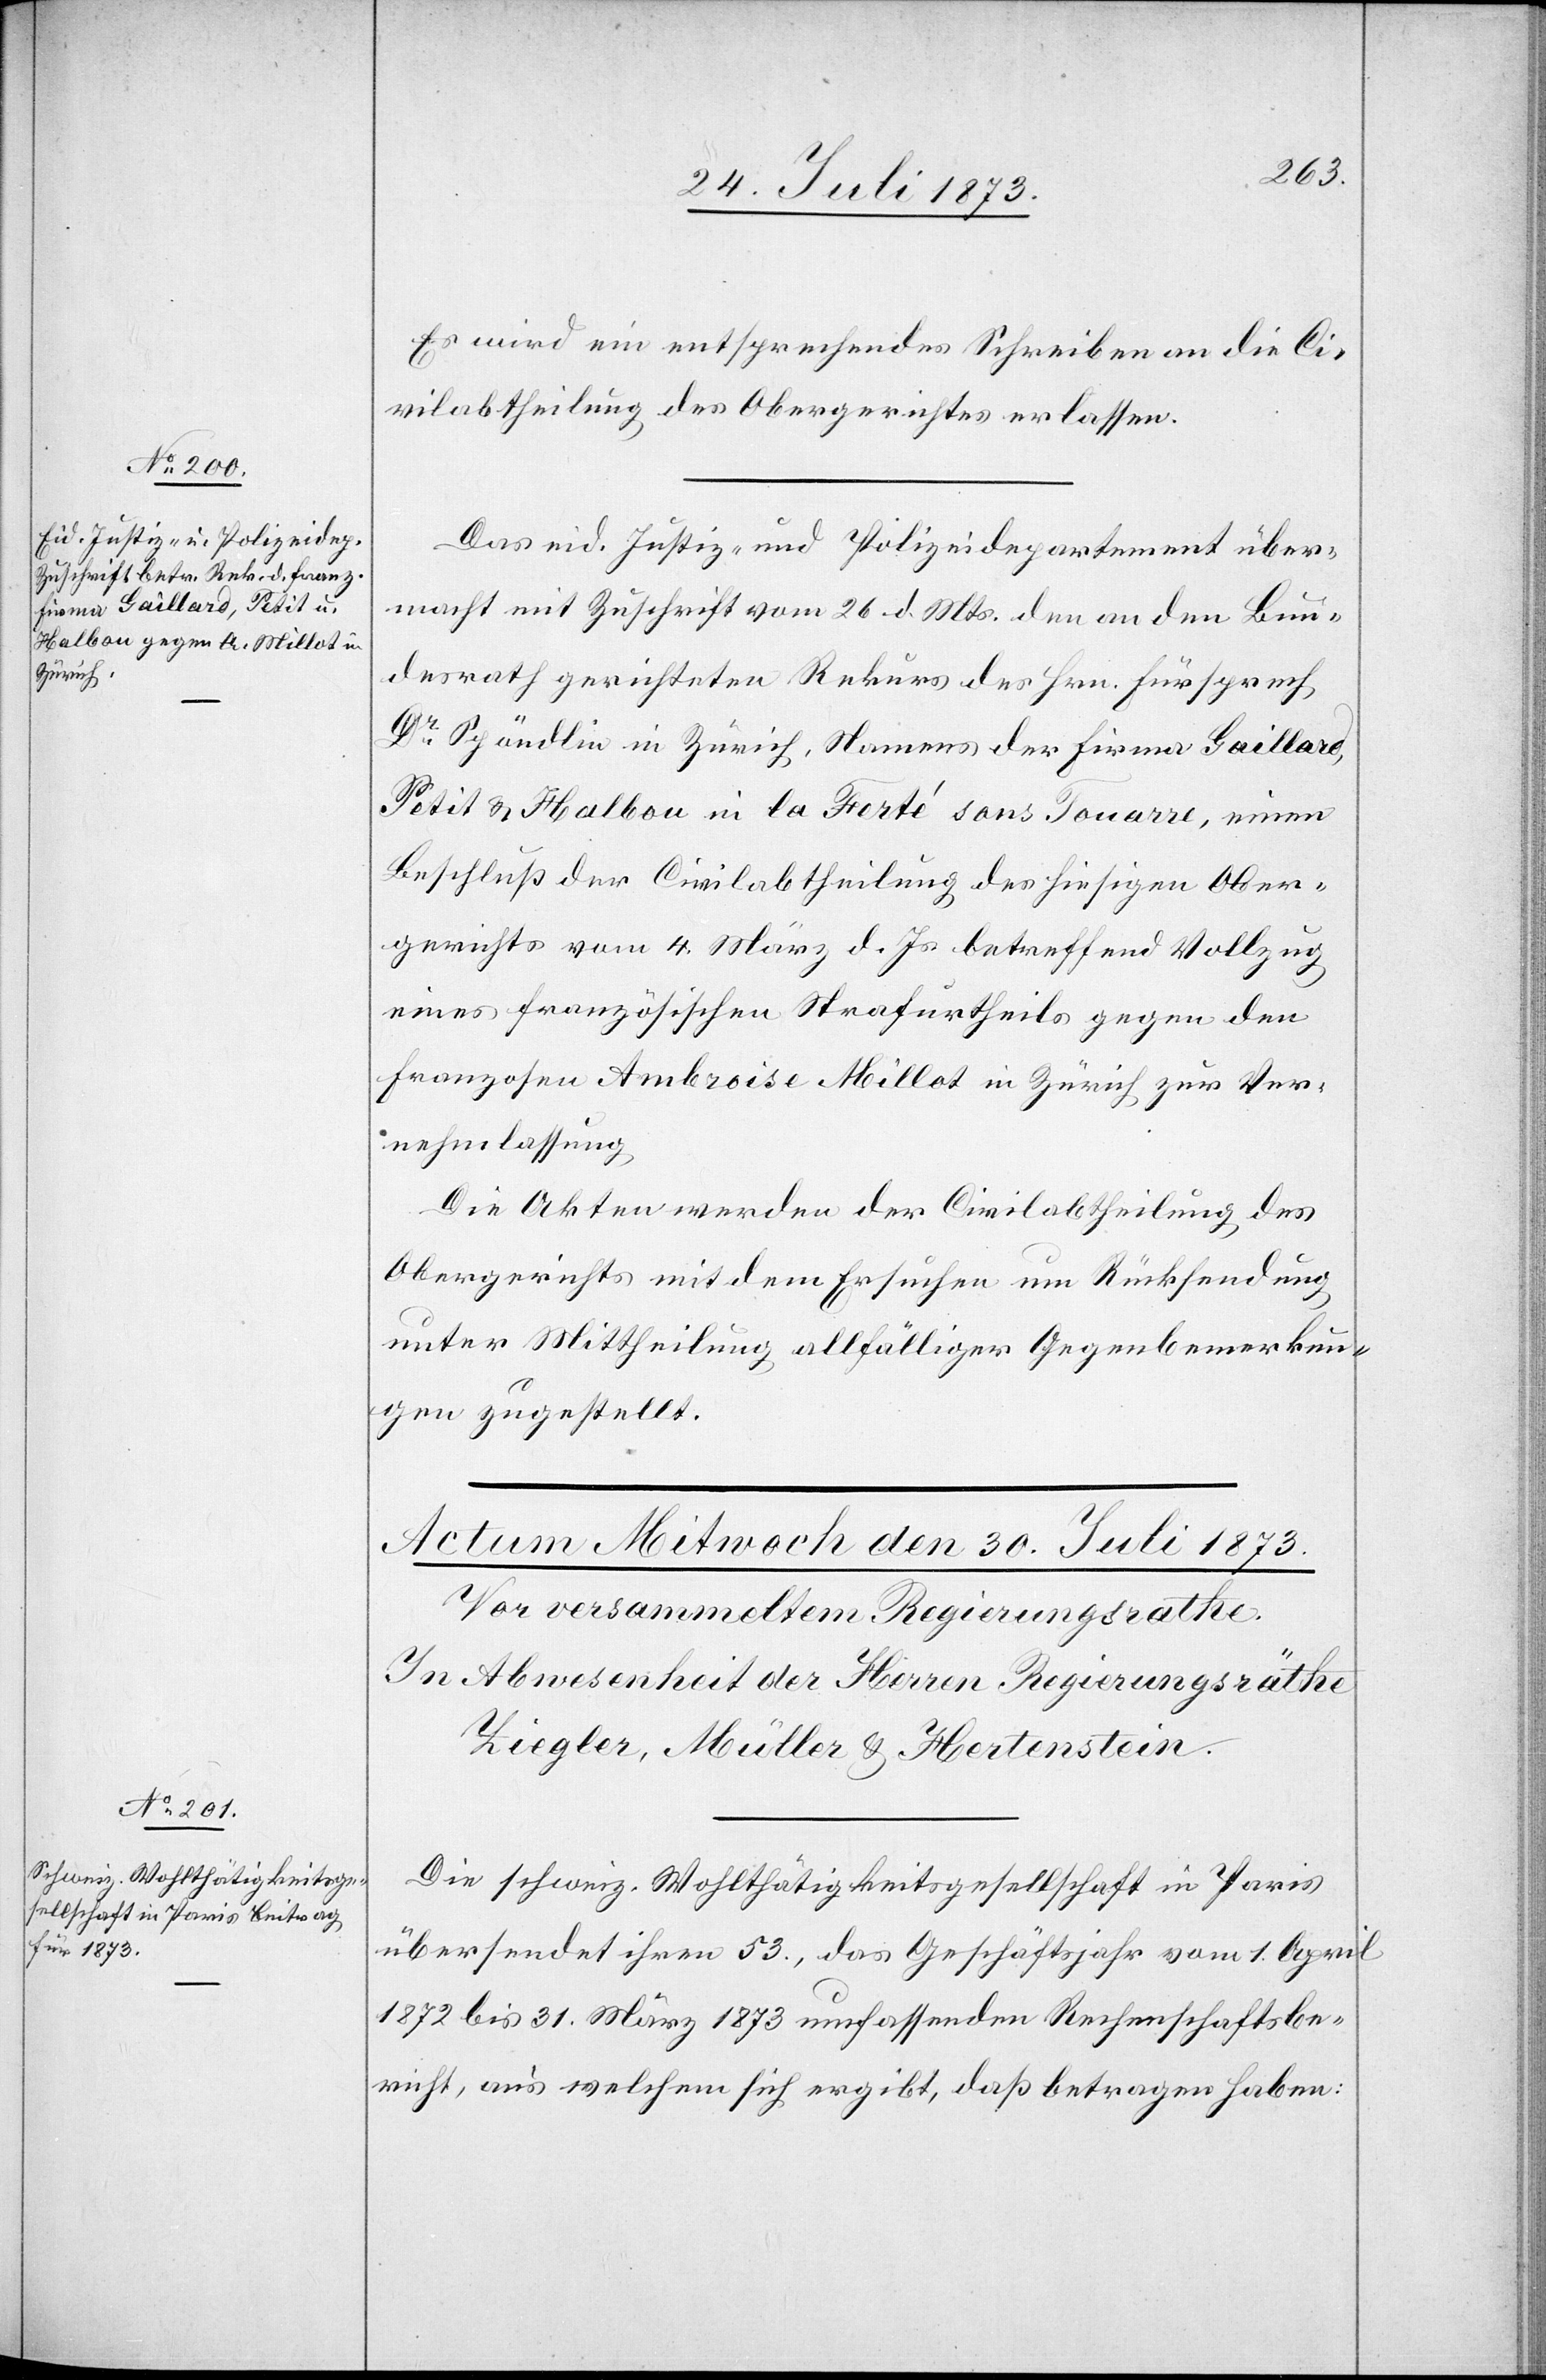
29. Juli 1873.]
Es wird ein entsprechendes Schreiben an die Ci¬
vilabtheilung des Obergerichtes erlassen.
Das eid. Justiz- & Polizeidepartement über¬
macht mit Zuschrift vom 26. d. Mts. den an den Bun¬
desrath gerichteten Rekurs des Hrn. Fürsprech
Dr Spöndlin in Zürich, Namens der Firma Gaillard,
Petit & Halbon in la Ferté sons Touarre [recte:
Beschluß der Civilabtheilung des hiesigen Ober¬
gerichts vom 4. März d. Js. betreffend Vollzug
eines französischen Strafurtheils gegen den
Franzosen Ambroise Millot in Zürich zur Ver¬
nehmlassung.
Die Akten werden der Civilabtheilung des
Obergerichts mit dem Ersuchen um Rücksendung
unter Mittheilung allfälliger Gegenbemerkun¬
gen zugestellt.
Die schweiz. Wohlthätigkeitsgesellschaft in Paris
übersendet ihren 53., das Geschäftsjahr vom 1. April
1872 bis 31. März 1873 umfassenden Rechenschaftsbe¬
richt, aus welchem sich ergibt, daß betragen haben: